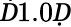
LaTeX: Ḋ1.0Ḍ